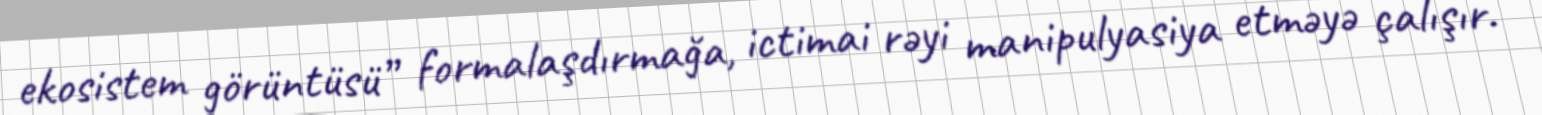
ekosistem görüntüsü” formalaşdırmağa, ictimai rəyi manipulyasiya etməyə çalışır.